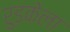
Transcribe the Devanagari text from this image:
रुड़केला